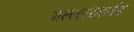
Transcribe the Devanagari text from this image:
मल्लारिमार्तंड